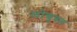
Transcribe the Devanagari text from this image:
लोचुस्त